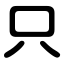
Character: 只